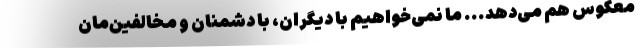
معکوس هم می‌دهد... ما نمی‌خواهیم با دیگران، با دشمنان و مخالفین‌مان